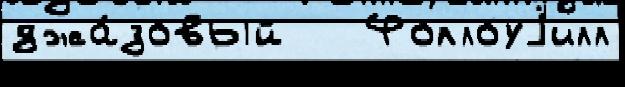
джа́зовый   Фоллоуjилл